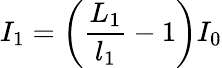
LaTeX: I_{1}=\left(\frac{L_{1}}{l_{1}}-1\right)I_{0}